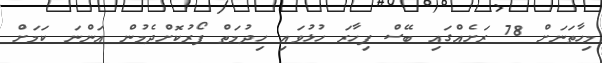
މިހާތަނަށް 78 ރަށެއްގައި ބޭސް ފިހާރަ ހުޅުވައި ހިދުމަތް ފޯރުކޮށްދެމުން އަންނަ ކަމަށް